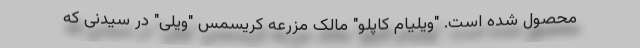
محصول شده است. "ویلیام کاپلو" مالک مزرعه کریسمس "ویلی" در سیدنی که